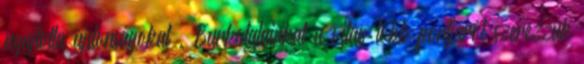
nyújtotta újdonságokat . Burkolatainkat a világ több pontjáról szerezzük